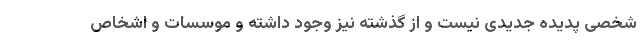
شخصی پدیده جدیدی نیست و از گذشته نیز وجود داشته و موسسات و اشخاص